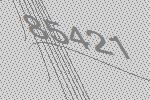
85421